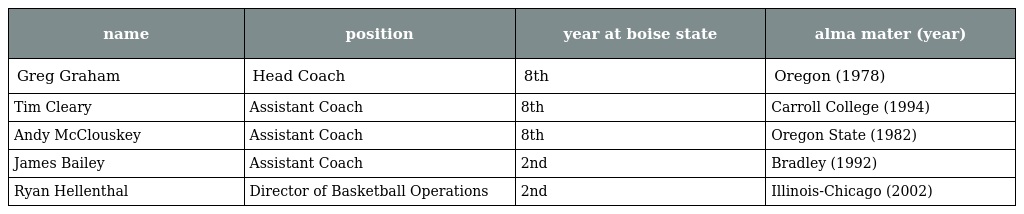
| name | position | year at boise state | alma mater (year) |
 | --- | --- | --- | --- |
 | Greg Graham | Head Coach | 8th | Oregon (1978) |
 | Tim Cleary | Assistant Coach | 8th | Carroll College (1994) |
 | Andy McClouskey | Assistant Coach | 8th | Oregon State (1982) |
 | James Bailey | Assistant Coach | 2nd | Bradley (1992) |
 | Ryan Hellenthal | Director of Basketball Operations | 2nd | Illinois-Chicago (2002) |